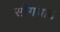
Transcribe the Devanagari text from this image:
सौंगथाव